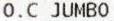
O.C JUMBO